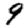
Digit: 9